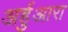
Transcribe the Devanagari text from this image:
अर्हुआरा